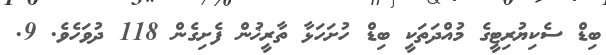
ބިޑް ސެކިޔުރިޓީގެ މުއްދަތަކީ ބިޑް ހުށަހަޅާ ތާރީޚުން ފެށިގެން 118 ދުވަހެވެ. 9.